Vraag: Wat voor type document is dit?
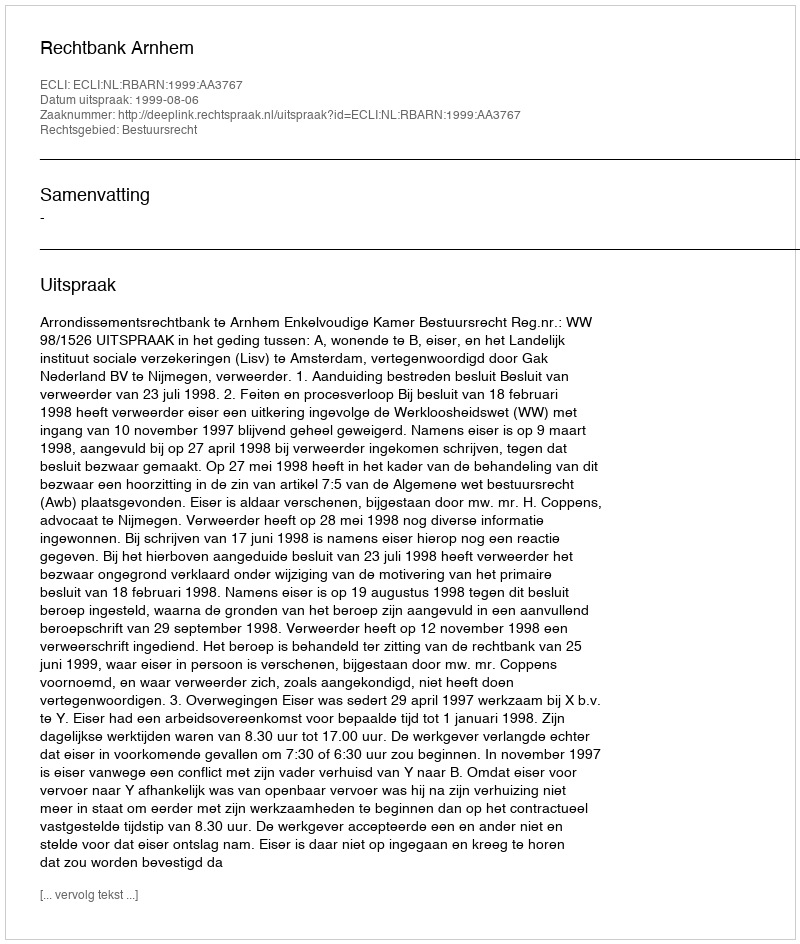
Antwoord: Uitspraak